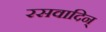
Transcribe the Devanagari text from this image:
रसवादिन्